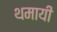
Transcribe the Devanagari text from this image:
थमायी